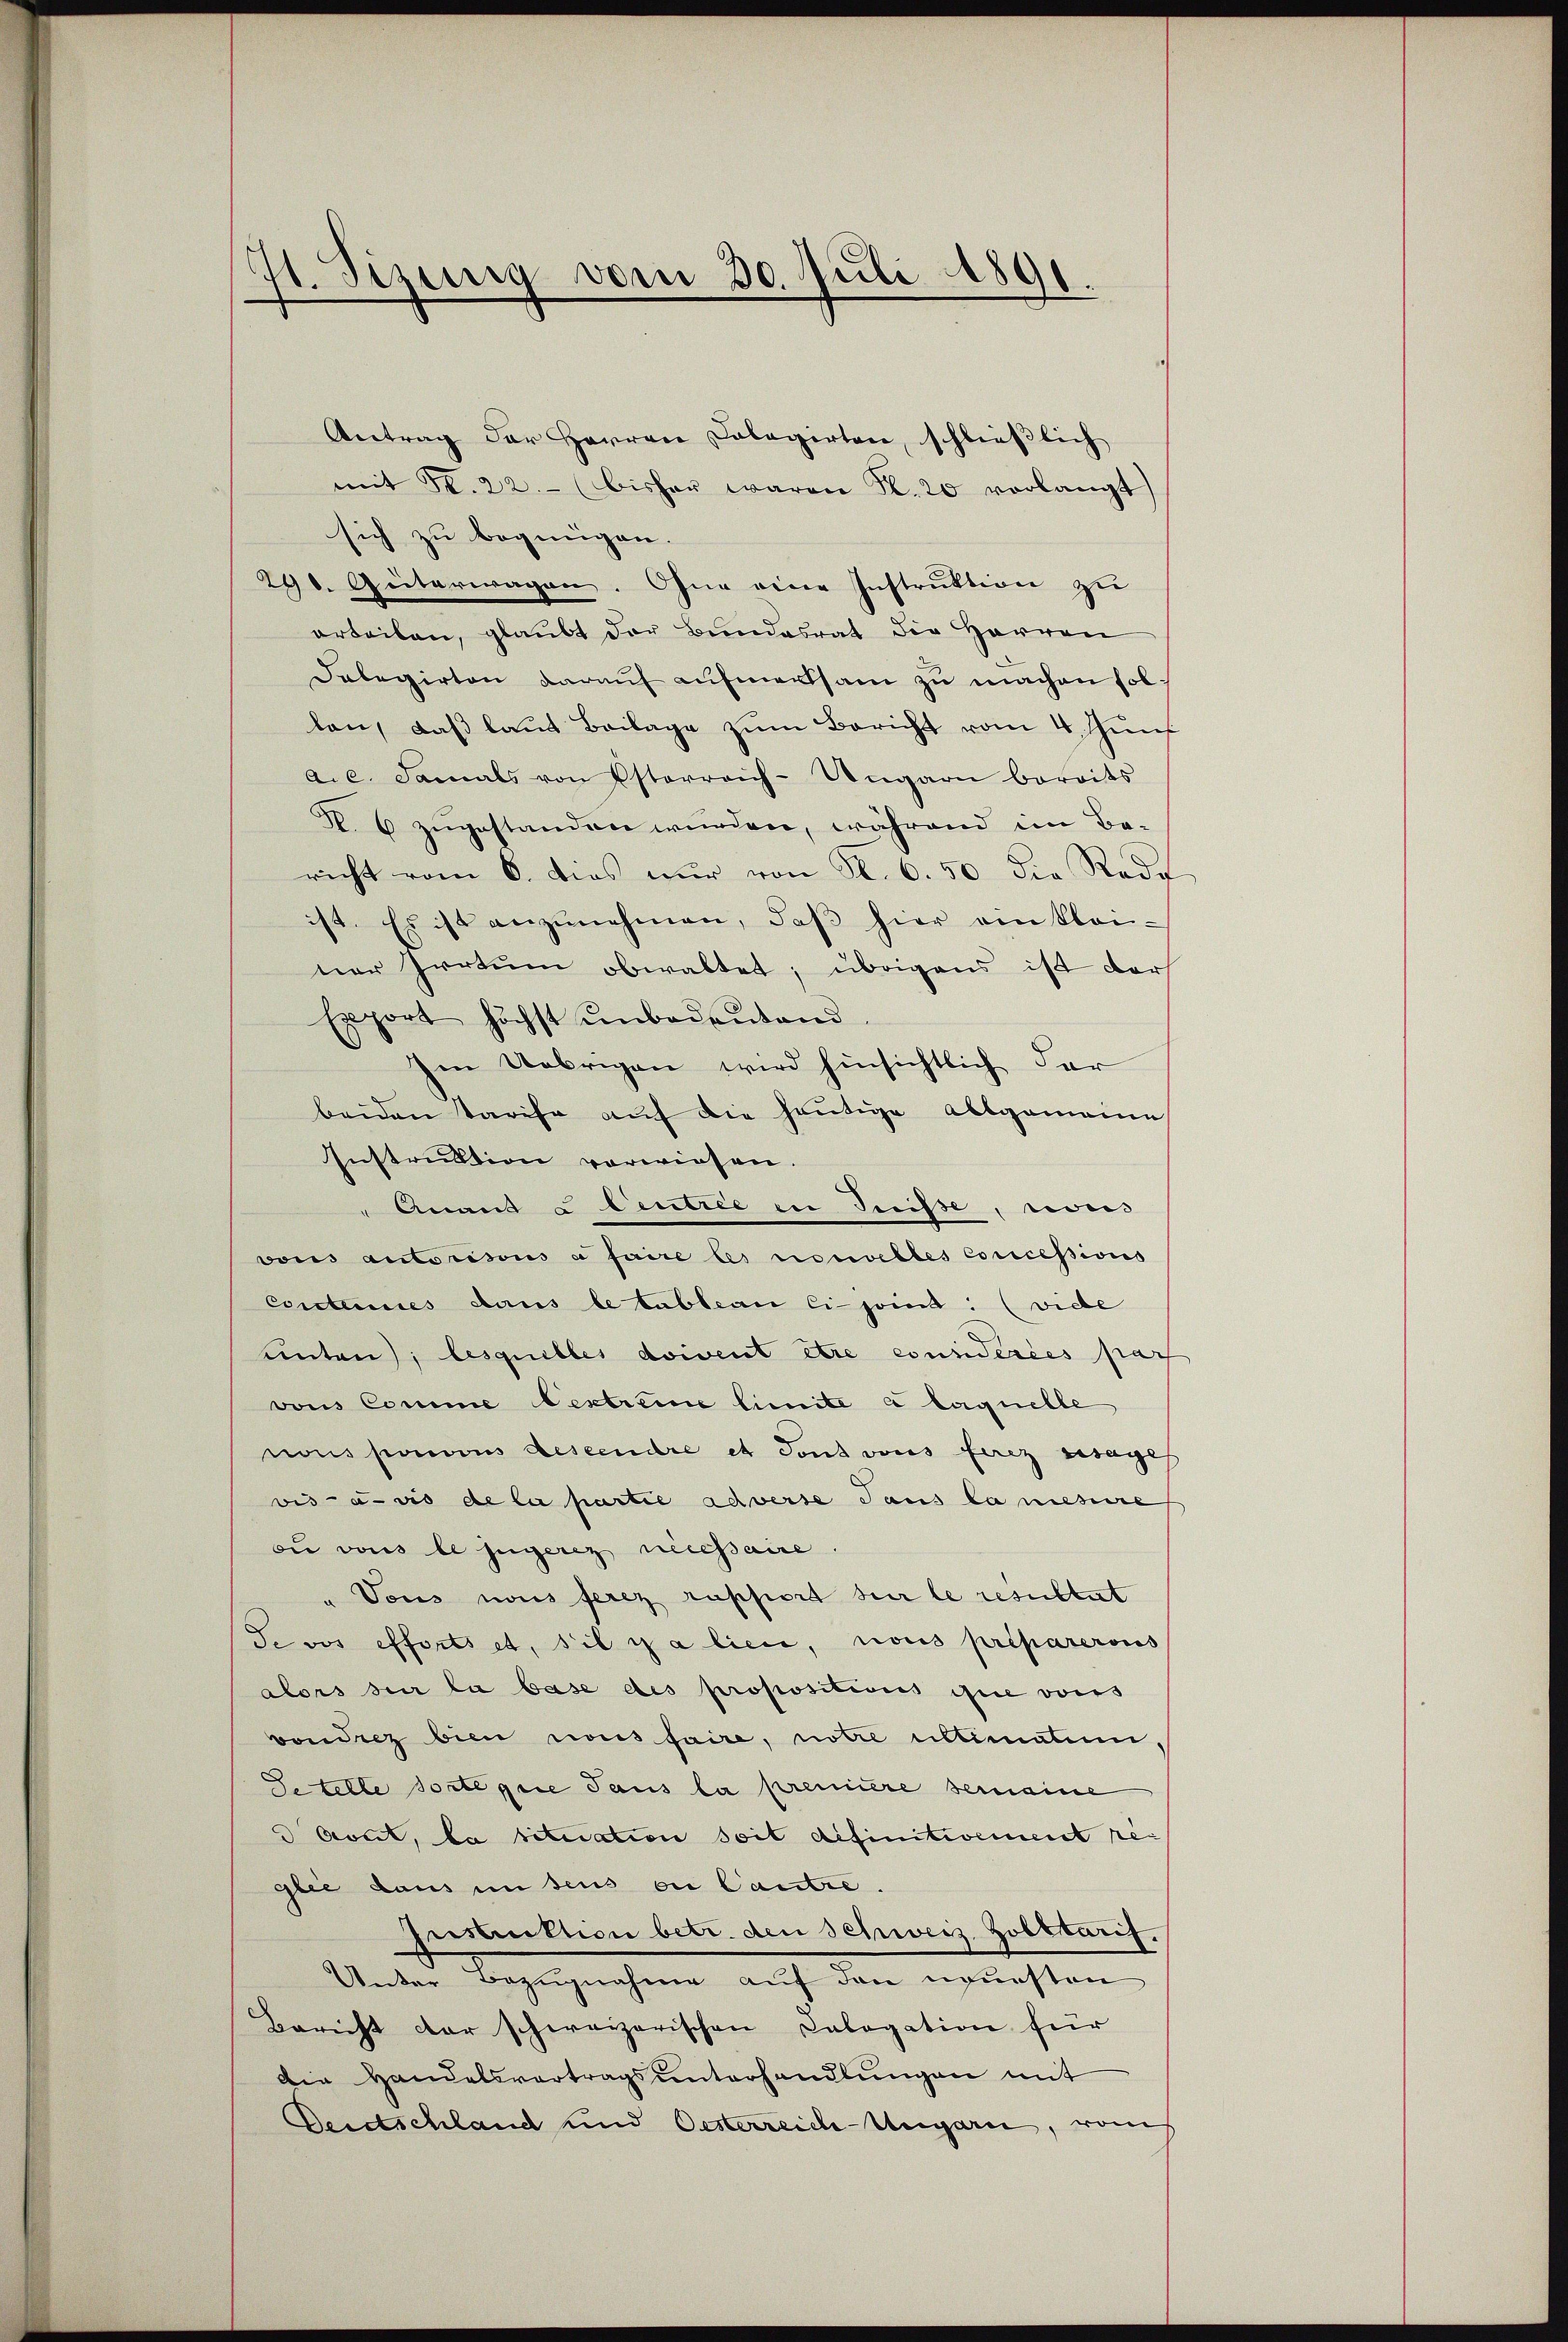
H. Sizung vom 30. Juli 1891.
e

Antrag der Herren Calagirten, schließlich
mit Fr. 22. (bisher waren S. 20 vorlangt)
sich zu begnügen.
298. Seiterwagen. Ohne eine Instruktion zu
erteilen, glaubt der Bundesrat die Herren
Delegirten daraŭf aŭfmerksam zu machen sol
lan, daß laut Beilage zŭm Bericht vom 4. Jun
a.c. damals von Esterreich-Ungarn bereits
R. 6 zugestanden wurden, während im Be-
richt vom 6. dies nur von Kl. 6. 50 die Rede
ist. Es ist anzŭnehmen, daβ hier ein kleiner Irrtum obwaltet; übrigens ist der
Export höchst unbedeŭtend.
Im Uebrigen wird hinsichtlich dar
beiden Tarife auf die heutige Allgemeine
Instruktion vorwiesen.
" Anant u Eintree in Preisse, weis
vons autorisons a faire les nouvelles concessions
Coutumes dans le tableau eijoint: (viele
unten); lesquelles doivent etce considérées par
vons Comme bestreme limite à laquelle
nons sonnens descendre et dont vons fernz gesage
vis-à-vis de la partie adverse dans la messire
du vons le jugere necessaire
"Vous nous ferez rapport sur le resultat
Jevos effortset, sie galiere, nous préparerons
alors der la base des propositions ohne vors
vondrez bien nous faire, notie ultimation
Setelle sorte giie Paus la première semaine
 Avit, da situation soit definitivement reglie dans in dens ce Cautre.
Instruktion betr. den Schweiz. Zobbtarif.
Unter Bezugnahmen auf den neuesten
Bericht der schweizerischen Calogation für
Die Handelsvertragsunterhandlungen mit
Deidschland und Oesterreich-Ungarn, vom